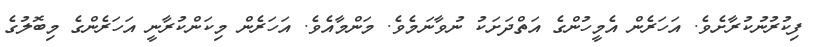
ފިކުރުނުކުރާށެވެ. އަހަރެން އެމީހުންގެ އަތްދަށަކު ނުވާނަމެވެ. މަންމާއެވެ. އަހަރެން މިކަންކުރާނީ އަހަރެންގެ މިބޮލުގެ